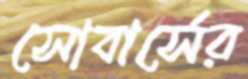
সোবার্সের